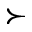
\succ